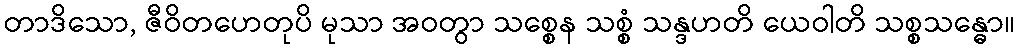
တာဒိသော, ဇီဝိတဟေတုပိ မုသာ အဝတွာ သစ္စေန သစ္စံ သန္ဒဟတိ ယေဝါတိ သစ္စသန္ဓော။